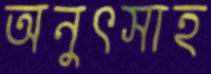
অনুৎসাহ